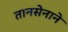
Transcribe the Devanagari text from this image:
तानसेनाने